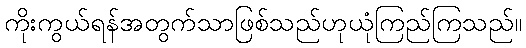
ကိုးကွယ်ရန်အတွက်သာဖြစ်သည်ဟုယုံကြည်ကြသည်။